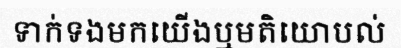
ទាក់ទងមកយើងឬមតិយោបល់